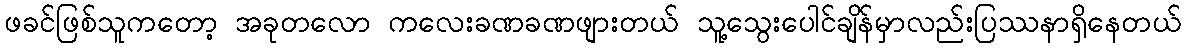
ဖခင်ဖြစ်သူကတော့ အခုတလော ကလေးခဏခဏဖျားတယ် သူ့သွေးပေါင်ချိန်မှာလည်းပြဿနာရှိနေတယ်